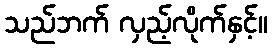
သည်ဘက် လှည့်လိုက်နှင့်။